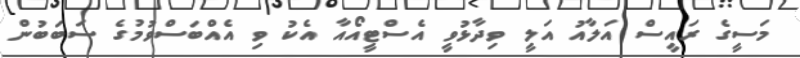
މަސީގެ ރައީސް އަލާއު އަލީ ވިދާޅުވީ އެސްޓީއޯއާ އެކު ވި އެއްބަސްވުމުގެ ސަބަބުން